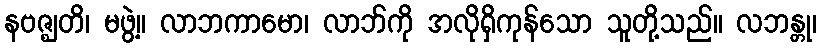
နဗဇ္ဈတိ၊ မဖွဲ့။ လာဘကာမော၊ လာဘ်ကို အလိုရှိကုန်သော သူတို့သည်။ လဘန္တု၊